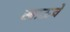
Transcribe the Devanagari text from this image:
खाऊचे